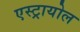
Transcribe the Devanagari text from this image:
एस्ट्रायोल